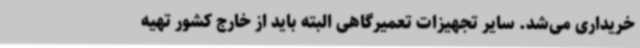
خریداری می‌شد. سایر تجهیزات تعمیرگاهی البته باید از خارج کشور تهیه